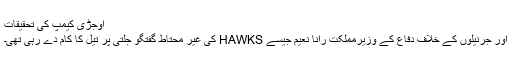
اوجڑی کیمپ کی تحقیقات
اور جرنیلوں کے خلاف دفاع کے وزیرمملکت رانا نعیم جیسے HAWKS کی غیر محتاط گفتگو جلتی پر تیل کا کام دے رہی تھی۔